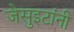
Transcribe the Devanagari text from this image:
जेसुइटांनी